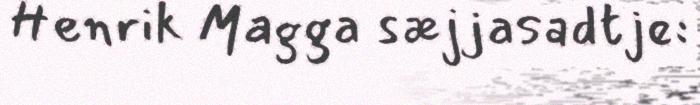
Henrik Magga sæjjasadtje: